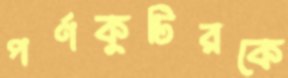
পর্ণকুটিরকে